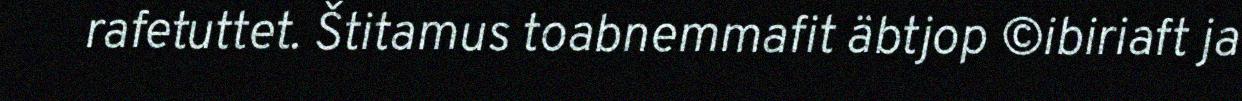
rafetuttet. Štitamus toabnemmafit äbtjop ©ibiriaft ja